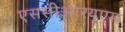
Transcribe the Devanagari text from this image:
एससीआरयूएम